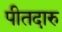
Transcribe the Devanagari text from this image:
पीतदारु